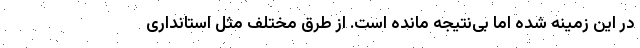
در این زمینه شده اما بی‌نتیجه مانده است. از طرق مختلف مثل استانداری